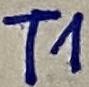
Text: T1